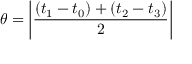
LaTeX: \theta = \left\vert { \frac { ( t _ { 1 } - t _ { 0 } ) + ( t _ { 2 } - t _ { 3 } ) } { 2 } } \right\vert